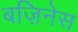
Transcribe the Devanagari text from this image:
बज़िनेस